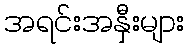
အရင်းအနှီးများ